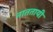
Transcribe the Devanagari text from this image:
नाततायी